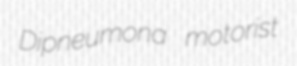
Dipneumona motorist